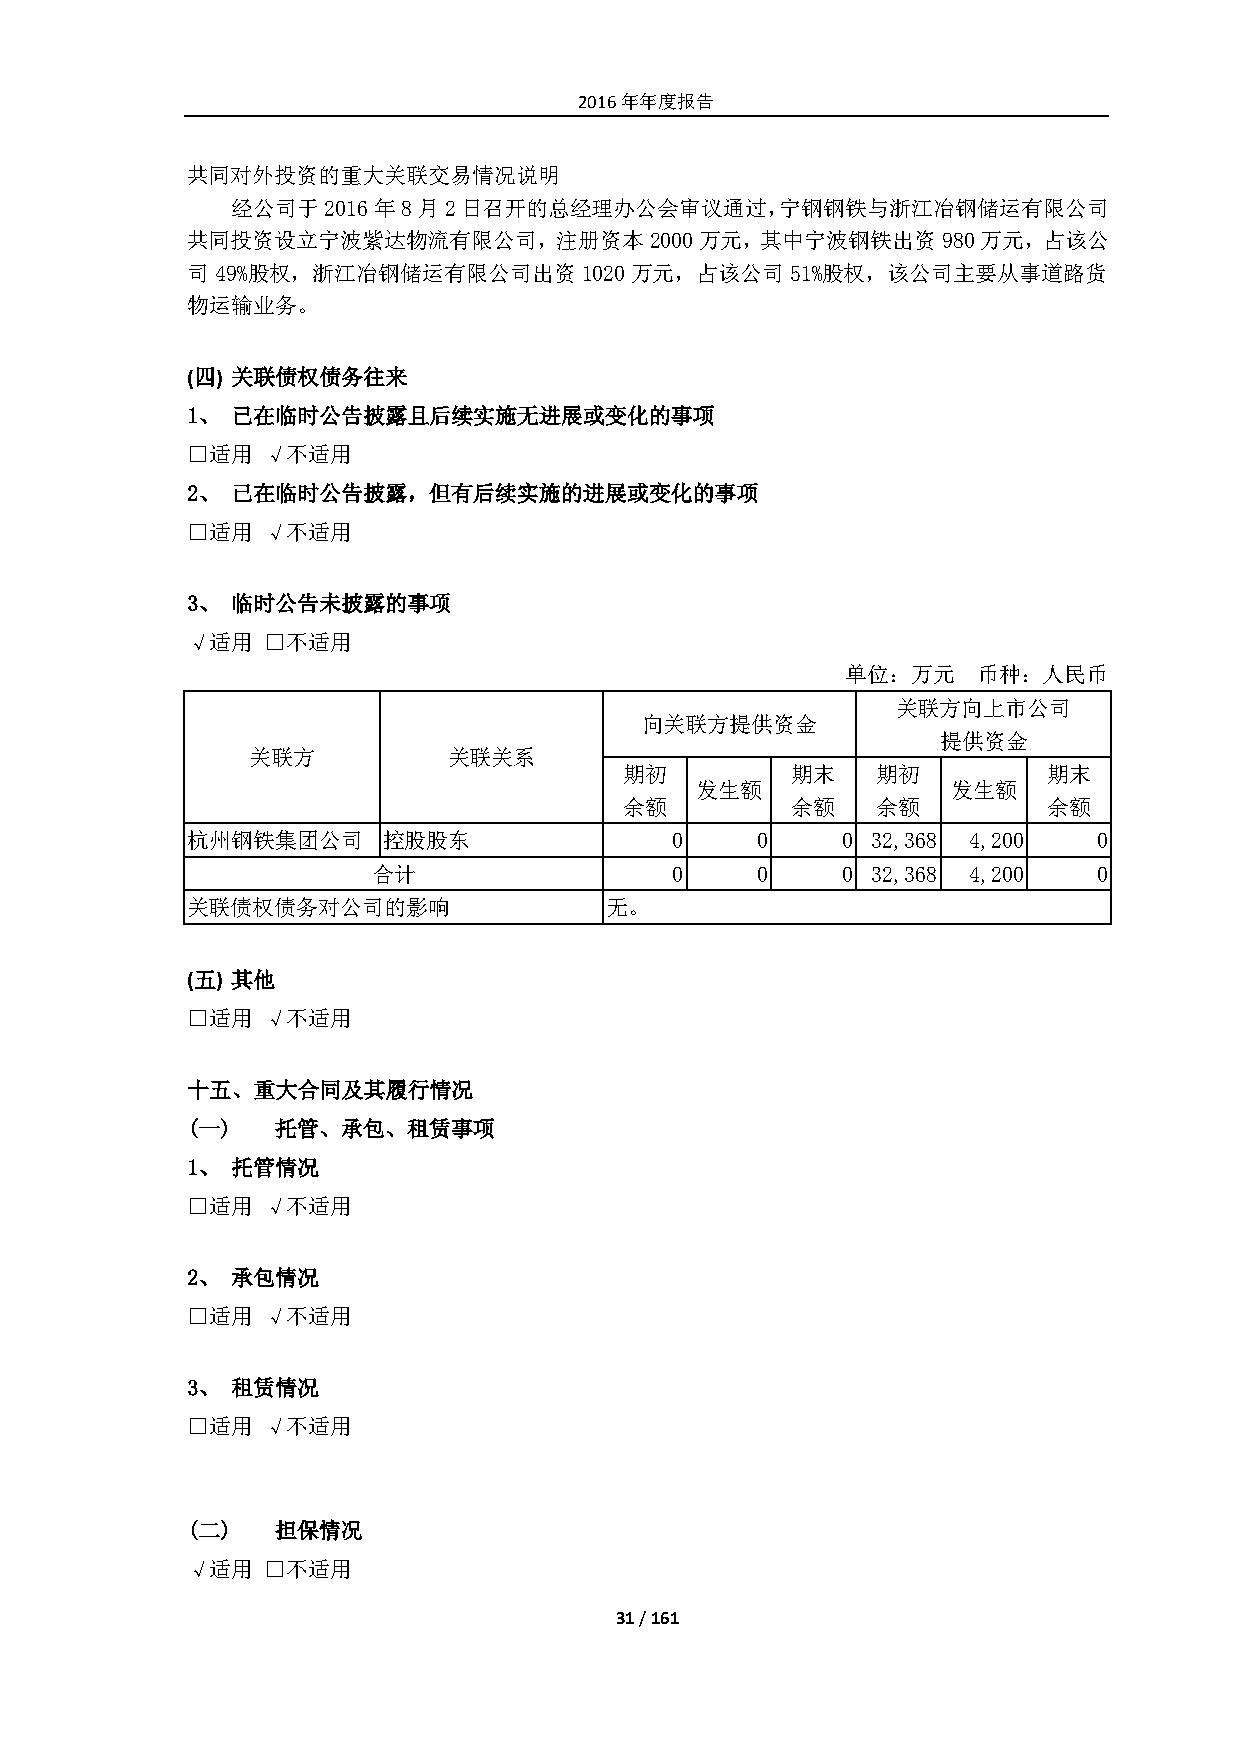
2016年年度报告
 共同对外投资的重大关联交易情况说明
 经公司于2016年8月2日召开的总经理办公会审议通过，宁钢钢铁与浙江冶钢储运有限公司
 共同投资设立宁波紫达物流有限公司，注册资本2000万元，其中宁波钢铁出资980万元，占该公
 司49%股权，浙江冶钢储运有限公司出资1020万元，占该公司51%股权，该公司主要从事道路货
 物运输业务。
 (四) 关联债权债务往来
 1、 已在临时公告披露且后续实施无进展或变化的事项
 □适用  √不适用
 2、 已在临时公告披露，但有后续实施的进展或变化的事项
 □适用  √不适用
 3、 临时公告未披露的事项
 √适用  □不适用
 单位：万元    币种：人民币
 关联方向上市公司
 向关联方提供资金
 提供资金
 关联方           关联关系
 期初         期末    期初         期末
 发生额              发生额
 余额         余额    余额         余额
 杭州钢铁集团公司     控股股东               0     0     0 32,368 4,200   0
 合计                 0     0     0 32,368 4,200   0
 关联债权债务对公司的影响                无。
 (五) 其他
 □适用  √不适用
 十五、重大合同及其履行情况
 (一)   托管、承包、租赁事项
 1、 托管情况
 □适用  √不适用
 2、 承包情况
 □适用  √不适用
 3、 租赁情况
 □适用  √不适用
 (二)   担保情况
 √适用  □不适用
 31 / 161